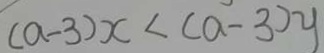
( a - 3 ) x < ( a - 3 ) y